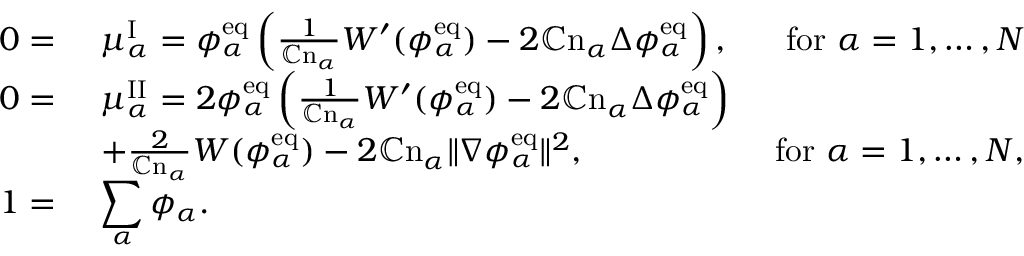
\begin{array} { r l r } { 0 = } & { ~ \mu _ { \alpha } ^ { \mathrm { I } } = \phi _ { \alpha } ^ { \mathrm { e q } } \left( \frac { 1 } { \mathbb { C } \mathrm { n } _ { \alpha } } W ^ { \prime } ( \phi _ { \alpha } ^ { \mathrm { e q } } ) - 2 \mathbb { C } \mathrm { n } _ { \alpha } \Delta \phi _ { \alpha } ^ { \mathrm { e q } } \right) , } & { \mathrm { ~ f o r ~ } \alpha = 1 , \dots , N } \\ { 0 = } & { ~ \mu _ { \alpha } ^ { \mathrm { I I } } = 2 \phi _ { \alpha } ^ { \mathrm { e q } } \left( \frac { 1 } { \mathbb { C } \mathrm { n } _ { \alpha } } W ^ { \prime } ( \phi _ { \alpha } ^ { \mathrm { e q } } ) - 2 \mathbb { C } \mathrm { n } _ { \alpha } \Delta \phi _ { \alpha } ^ { \mathrm { e q } } \right) } \\ & { ~ + \frac { 2 } { \mathbb { C } \mathrm { n } _ { \alpha } } W ( \phi _ { \alpha } ^ { \mathrm { e q } } ) - 2 \mathbb { C } \mathrm { n } _ { \alpha } \| \nabla \phi _ { \alpha } ^ { \mathrm { e q } } \| ^ { 2 } , } & { \mathrm { ~ f o r ~ } \alpha = 1 , \dots , N , } \\ { 1 = } & { ~ \displaystyle \sum _ { \alpha } \phi _ { \alpha } . } & \end{array}